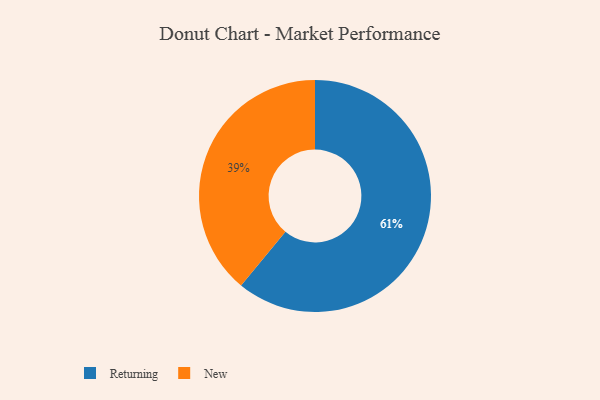
{"axis": {"x": "Category", "y": "Percentage"}, "legend": ["New", "Returning"], "data": [{"x": "New", "y": 39, "type": "New"}, {"x": "Returning", "y": 61, "type": "Returning"}]}